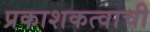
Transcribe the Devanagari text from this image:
प्रकाशकत्वाची